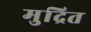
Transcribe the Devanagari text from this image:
मुद्रित